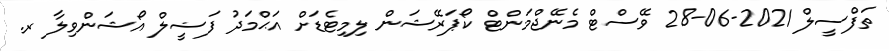
ތަފްސީލް 2021-06-28 ވޭސްޓް މެނޭޖްމަންޓް ކޯޕަރޭޝަން ލިމިޓެޑަށް އަޙްމަދު ފަޟީލް އޯޝަންވިލާ ރ.